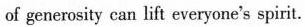
of generosity can lift everyone's spirit.